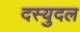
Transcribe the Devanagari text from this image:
दस्युदल